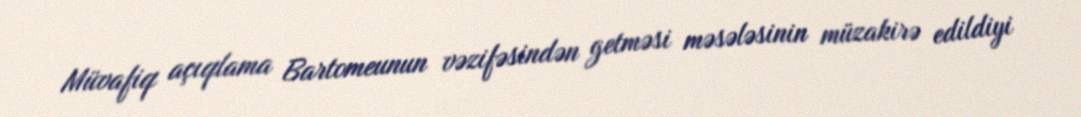
Müvafiq açıqlama Bartomeunun vəzifəsindən getməsi məsələsinin müzakirə edildiyi